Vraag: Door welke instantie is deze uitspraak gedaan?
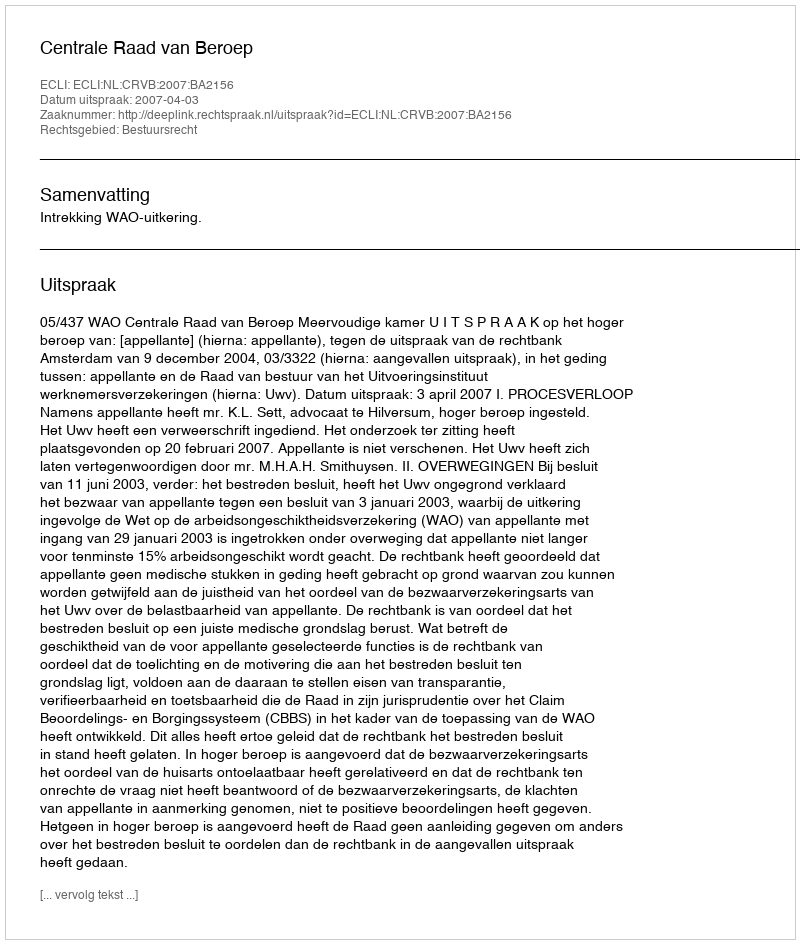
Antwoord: Centrale Raad van Beroep